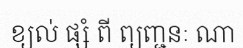
ខ្យល់ ផ្សំ ពី ព្យញ្ជនៈ ណា